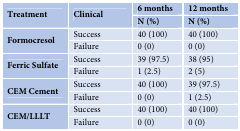
| <ROWSPAN=2> Treatment | <ROWSPAN=2> Clinical | 6 months | 12 months |
 | N (%) | N (%) |
 | --- | --- | --- | --- |
 | <ROWSPAN=2> Formocresol | Success | 40 (100) | 40 (100) |
 | Failure | 0 (0) | 0 (0) |
 | <ROWSPAN=2> Ferric Sulfate | Success | 39 (97.5) | 38 (95) |
 | Failure | 1 (2.5) | 2 (5) |
 | <ROWSPAN=2> CEM Cement | Success | 40 (100) | 39 (97.5) |
 | Failure | 0 (0) | 1 (2.5) |
 | <ROWSPAN=2> CEM/LLLT | Success | 40 (100) | 40 (100) |
 | Failure | 0 (0) | 0 (0) |